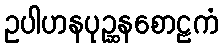
ဥပါဟနပုဉ္ဆနစောဠကံ